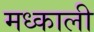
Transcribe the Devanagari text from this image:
मध्काली